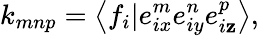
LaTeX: {k_{mnp}}=\left\langle{{f_{i}}|e_{ix}^{m}e_{iy}^{n}e_{i\mathbf{z}}^{p}}\right\rangle,